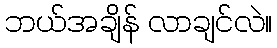
ဘယ်အချိန် လာချင်လဲ။